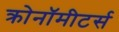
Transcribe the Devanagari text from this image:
क्रोनॉमीटर्स